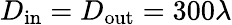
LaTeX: D_{\mathrm{in}}=D_{\mathrm{out}}=300\lambda